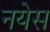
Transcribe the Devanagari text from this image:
नयेस